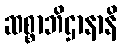
ဆစ္စာဘိဌာနာနိ